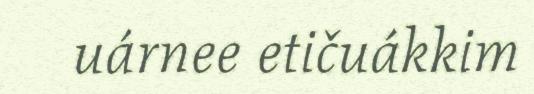
uárnee etičuákkim